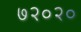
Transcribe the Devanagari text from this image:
७२०२०